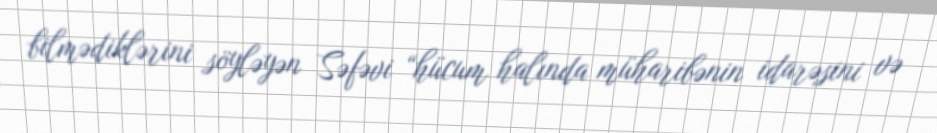
bilmədiklərini söyləyən Səfəvi “hücum halında müharibənin idarəsini və